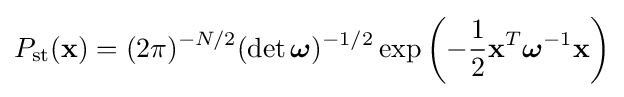
P_{\text{st}}(\mathbf {x} )=(2\pi )^{-N/2}(\det {\boldsymbol {\omega }})^{-1/2}\exp \left(-{\frac {1}{2}}\mathbf {x} ^{T}{\boldsymbol {\omega }}^{-1}\mathbf {x} \right)